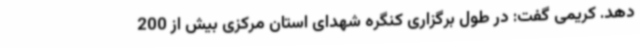
دهد. کریمی گفت: در طول برگزاری کنگره شهدای استان مرکزی بیش از 200